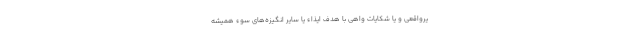
یرواقعی و یا شکایات واهی با هدف ایذاء یا سایر انگیزه‌های سوء همیشه